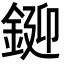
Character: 𨧞